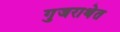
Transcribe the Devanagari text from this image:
गुजराथेत